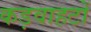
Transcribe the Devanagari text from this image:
कड़वाहटों